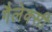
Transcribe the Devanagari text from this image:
गैलेक्‍सी